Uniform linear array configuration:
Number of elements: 8
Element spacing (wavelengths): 0.75
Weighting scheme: binomial
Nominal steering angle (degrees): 60
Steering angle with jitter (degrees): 58.468
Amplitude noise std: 0.05
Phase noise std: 0.05

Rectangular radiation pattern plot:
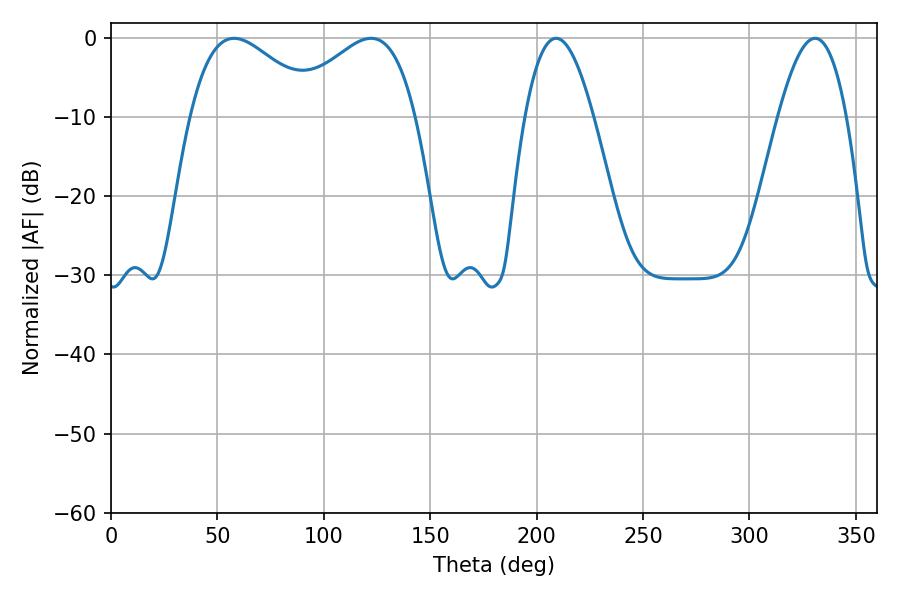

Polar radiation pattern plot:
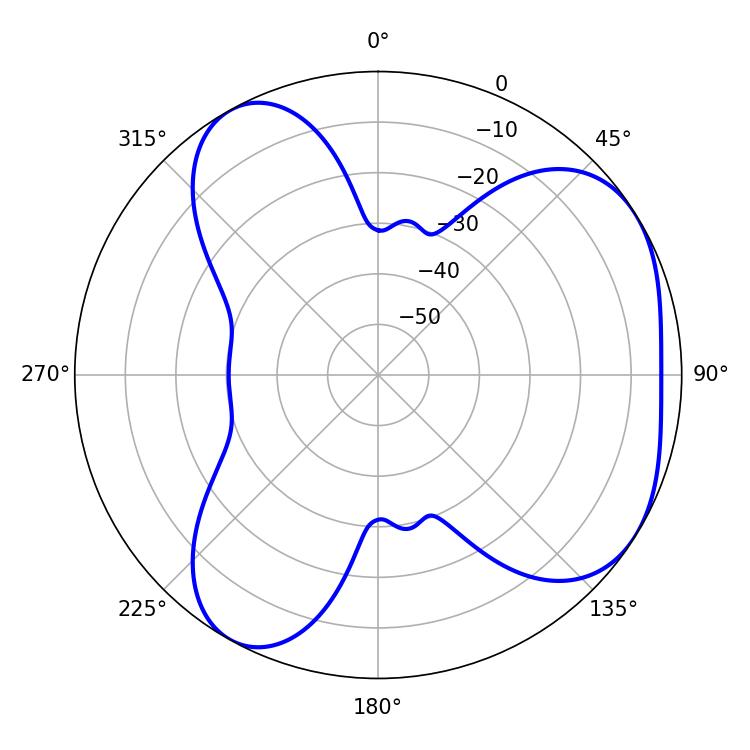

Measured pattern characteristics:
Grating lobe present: TRUE
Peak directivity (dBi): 4.629
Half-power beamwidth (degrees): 17.46
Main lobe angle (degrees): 209.16